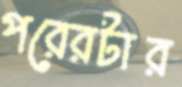
পরেরটার